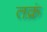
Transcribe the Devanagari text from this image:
तक्रं